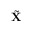
\tilde { \mathbf { X } }